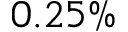
0 . 2 5 \%